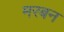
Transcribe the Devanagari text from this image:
मरबन